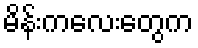
မိန်းကလေးတွေက